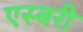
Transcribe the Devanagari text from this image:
एस्बरी